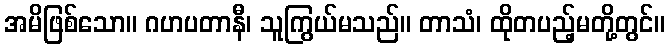
အမိဖြစ်သော။ ဂဟပတာနီ၊ သူကြွယ်မသည်။ တာသံ၊ ထိုတပည့်မတို့တွင်။